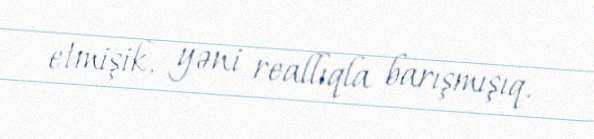
etmişik, yəni reallıqla barışmışıq.